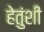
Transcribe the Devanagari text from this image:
हेतुंशी